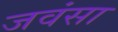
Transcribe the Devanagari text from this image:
जवंसा